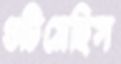
গুটিয়েছিস